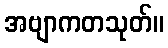
အဗျာကတသုတ်။